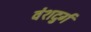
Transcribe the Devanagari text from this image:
वंशदुर्ग